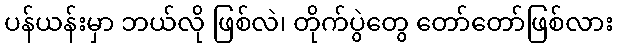
ပန်ယန်းမှာ ဘယ်လို ဖြစ်လဲ၊ တိုက်ပွဲတွေ တော်တော်ဖြစ်လား